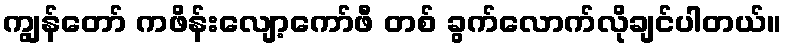
ကျွန်တော် ကဖိန်းလျော့ကော်ဖီ တစ် ခွက်လောက်လိုချင်ပါတယ်။